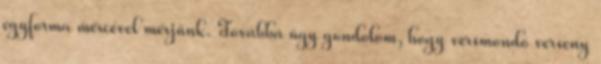
egyforma mércével mérjünk. Továbbá úgy gondolom, hogy versmondó verseny